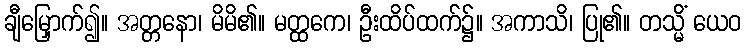
ချီမြှောက်၍။ အတ္တနော၊ မိမိ၏။ မတ္ထကေ၊ ဦးထိပ်ထက်၌။ အကာသိ၊ ပြု၏။ တသ္မိံ ယေဝ